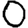
Digit: 0